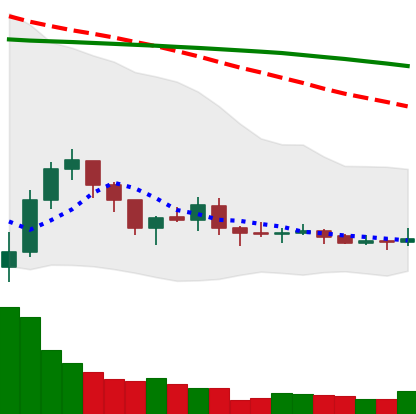
Ticker: XLM-USD
Chart end date: 2019-08-05
Forward return: -10.735%
Label: down_7plus